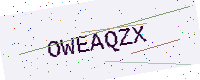
Text: OWEAQZX